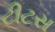
ટીટસ